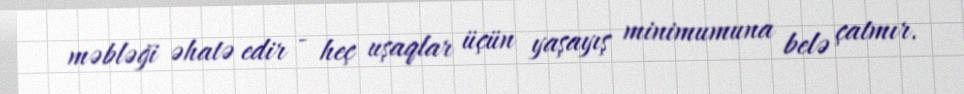
məbləği əhatə edir - heç uşaqlar üçün yaşayış minimumuna belə çatmır.